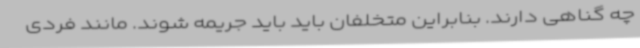
چه گناهی دارند. بنابراین متخلفان باید باید جریمه شوند. مانند فردی